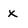
Character: x